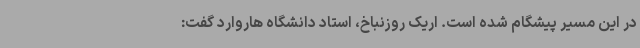
در این مسیر پیشگام شده است. اریک روزنباخ، استاد دانشگاه هاروارد گفت: